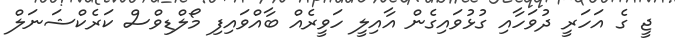
ޖީ ގެ އަހަރީ ދުވަހާއި ގުޅުވައިގެން އާއިލީ ހަވީރެއް ބާއްވައިފި މޯލްޑިވްސް ކަރެކްޝަނަލް